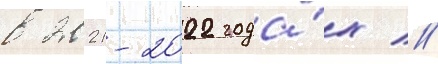
в 2021-2022 года́х //